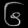
Digit: ၆